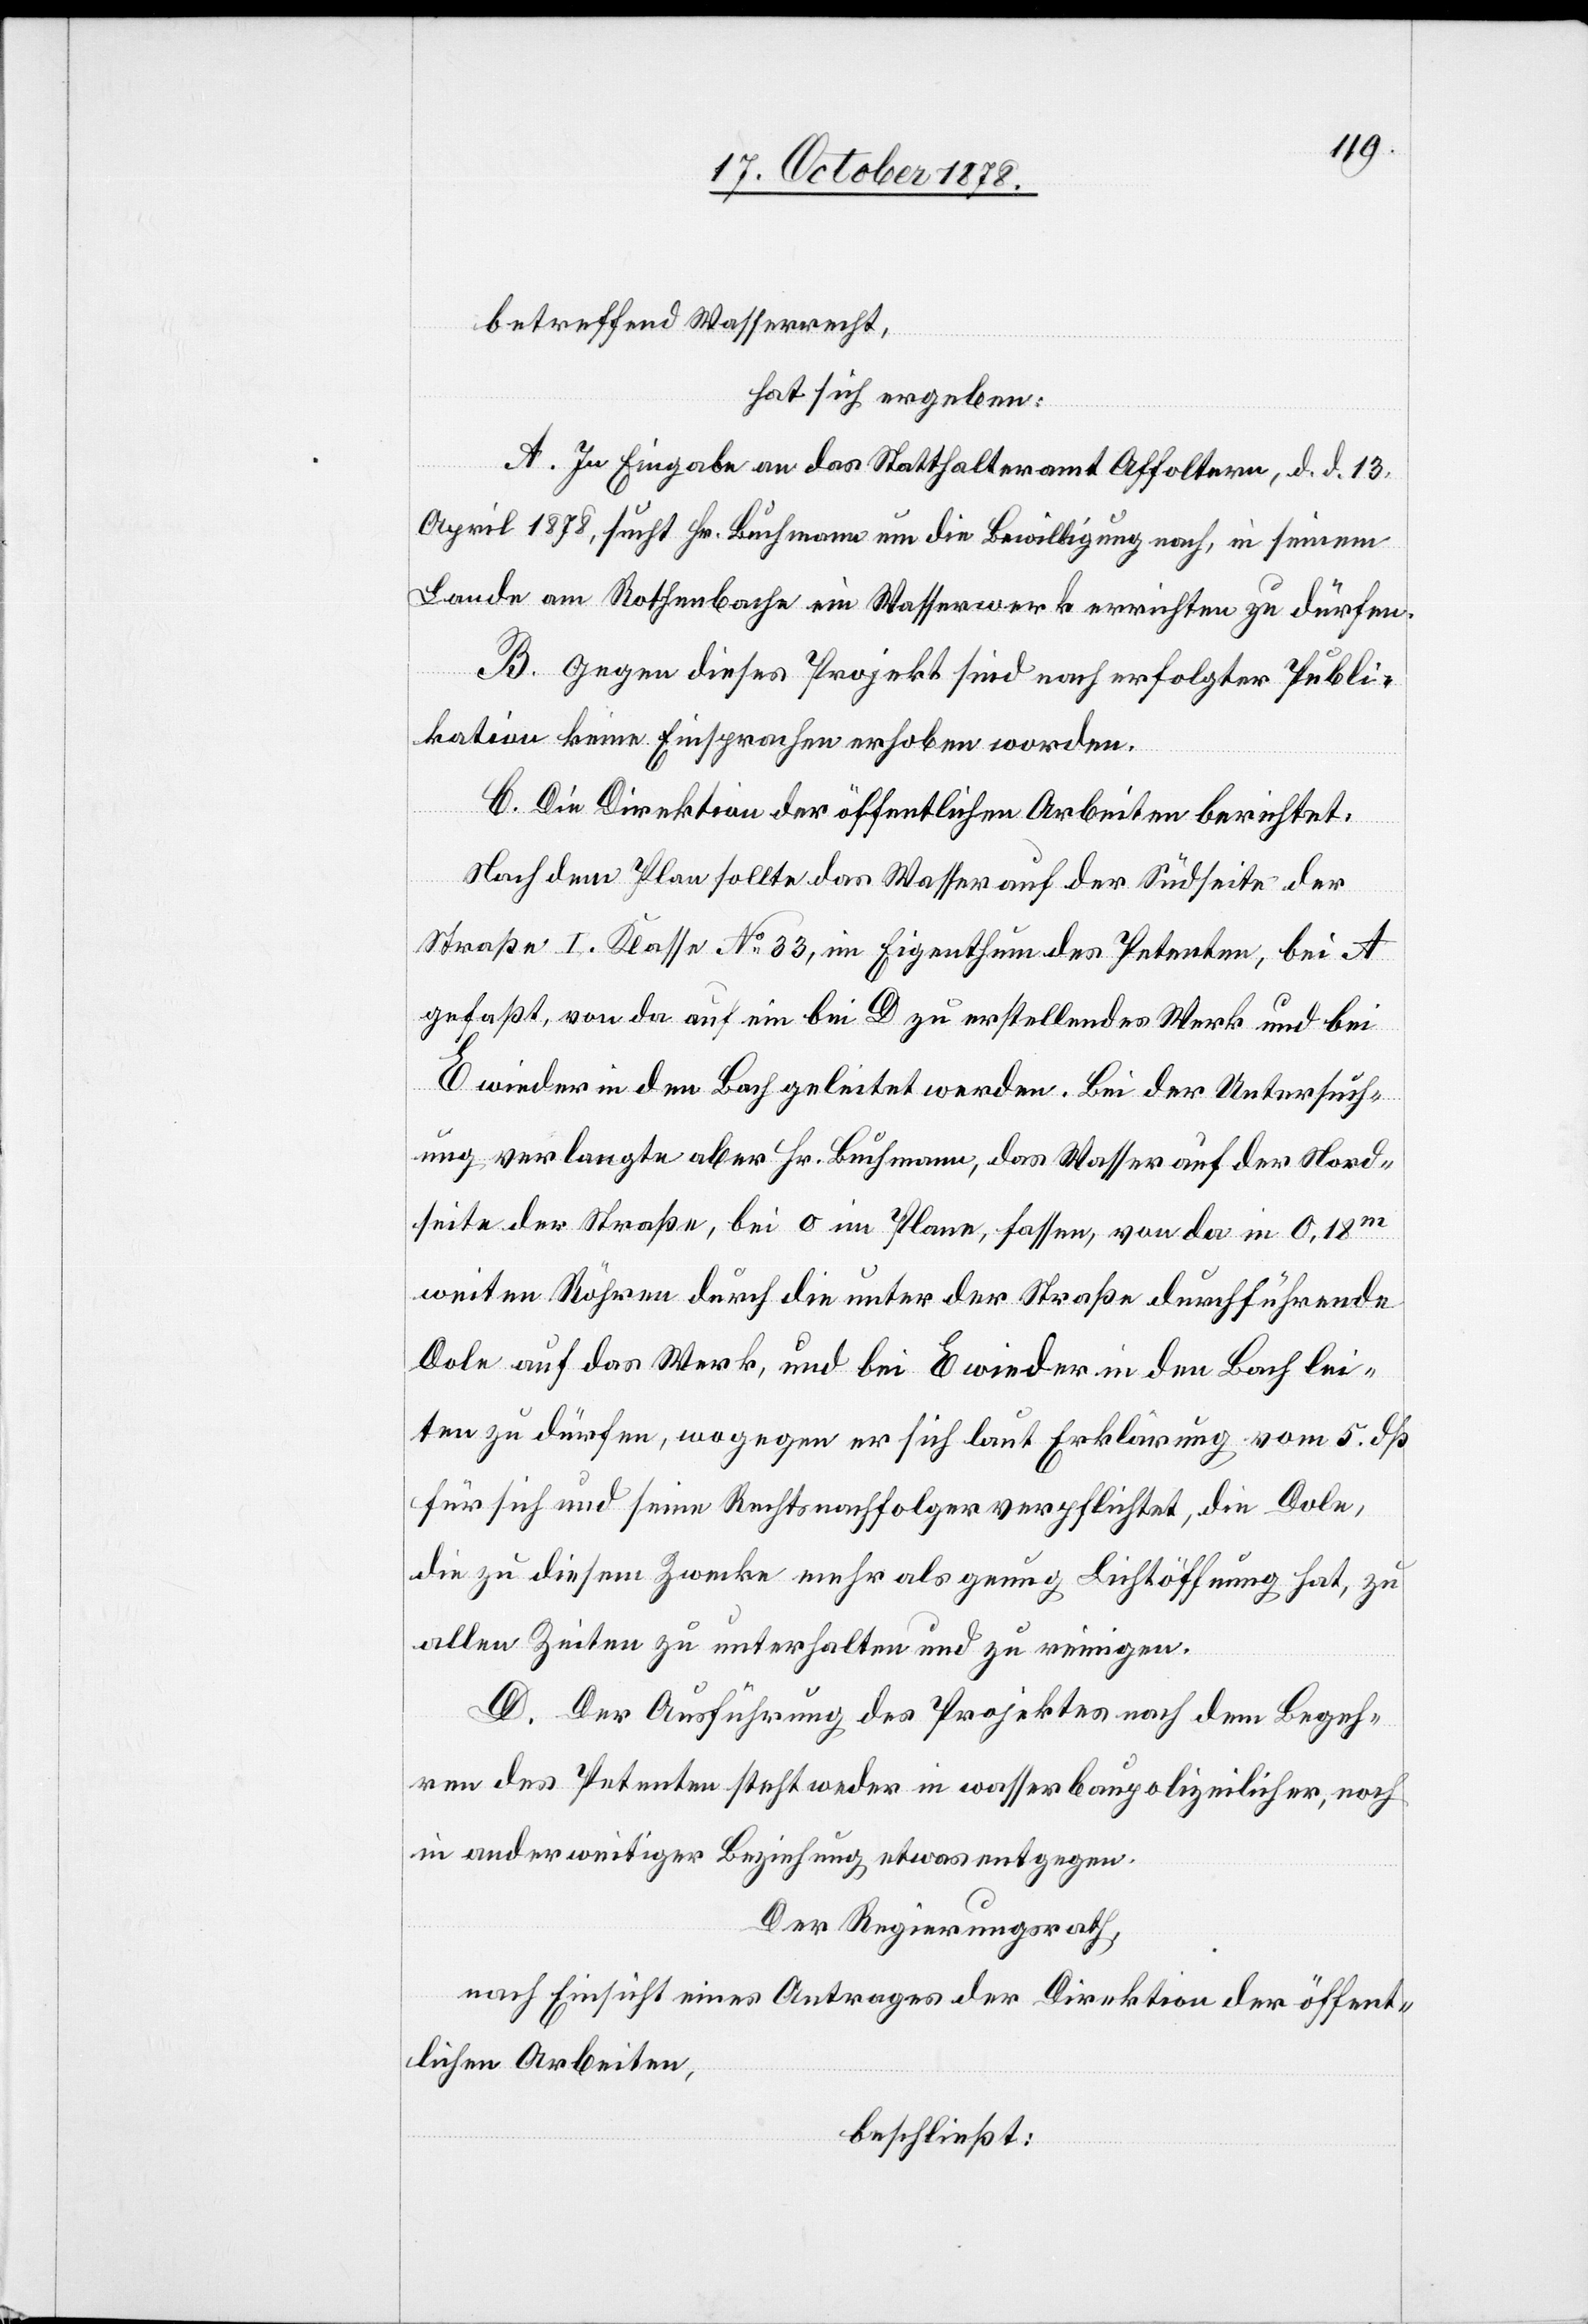
betreffend Wasserrecht,
hat sich ergeben:
A. In Eingabe an das Statthalteramt Affoltern, d. d. 13.
April 1878, sucht Hr. Buchmann um die Bewilligung nach, in seinem
Lande am Rothenbache ein Wasserwerk errichten zu dürfen.
B. Gegen dieses Projekt sind nach erfolgter Publi¬
kation keine Einsprachen erhoben worden.
C. Die Direktion der öffentlichen Arbeiten berichtet:
Nach dem Plane sollte das Wasser auf der Südseite der
Straße I. Klasse No 33, im Eigenthum des Petenten, bei A
gefaßt, von da auf ein bei D zu erstellendes Werk und bei
E wieder in den Bach geleitet werden. Bei der Untersuch¬
ung verlangte aber Hr. Buchmann, das Wasser auf der Nord¬
seite der Straße bei O im Plane, fassen, von da in 0.18m
weiten Röhren durch die unter der Straße durchführende
Dole auf das Werk, und bei E wieder in den Bach lei¬
ten zu dürfen, wogegen er sich laut Erklärung vom 5. dß
für sich und seine Rechtsnachfolger verpflichtet, die Dole,
die zu diesem Zwecke mehr als genug Lichtöffnung hat, zu
allen Zeiten zu unterhalten und zu reinigen.
D. Der Ausführung des Projektes nach dem Begeh¬
ren des Petenten steht weder in wasserbaupolizeilicher, noch
in anderweitiger Beziehung etwas entgegen.
Der Regierungsrath,
nach Einsicht eines Antrages der Direktion der öffent¬
lichen Arbeiten,
beschließt: